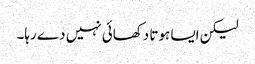
لیکن ایسا ہوتا دکھائی نہیں دے رہا۔